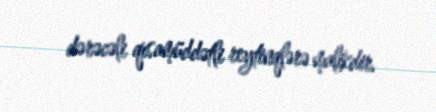
dərəcəli qısamüddətli reytinqlərə malikdir.